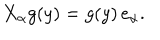
X _ { \alpha } g ( y ) = g ( y ) \, e _ { \alpha } .